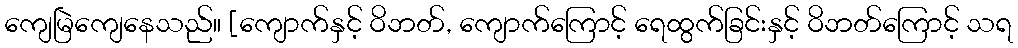
ကျေမြဲကျေနေသည်။ [ကျောက်နှင့် ဝိဘတ်, ကျောက်ကြောင့် ရေထွက်ခြင်းနှင့် ဝိဘတ်ကြောင့် သရ